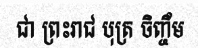
ជា ព្រះរាជ បុត្រ ចិញ្ចឹម